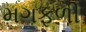
મગફળી